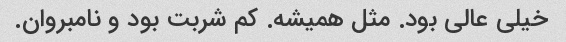
خیلی عالی بود. مثل همیشه. کم شربت بود و نامبروان.